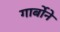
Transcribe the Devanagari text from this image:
गार्बोने